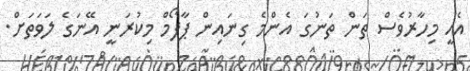
އެއީ މިހާރުވެސް ތަން ތަނުގަ އެންމެ ގިނައިން ޕާފޯމް މިކުރަނީ އޭނަގެ ލަވަތަށް.